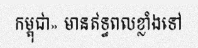
កម្ពុជា» មានឥទ្ធពលខ្លាំងទៅ